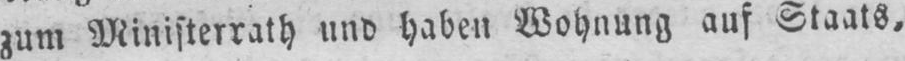
zum Ministerrath und haben Wohnung auf Staats⸗